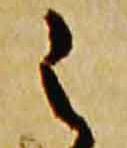
之